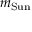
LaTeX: m _ { \mathrm { S u n } }